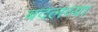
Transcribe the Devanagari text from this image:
बदलव्या